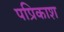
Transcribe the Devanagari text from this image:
पप्रिकाश